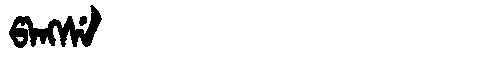
Manchu: ᡦᠠᠩᠰᡝ
Romanization: PANGSE